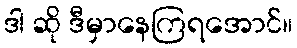
ဒါ ဆို ဒီမှာနေကြရအောင်။